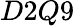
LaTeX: D2Q9